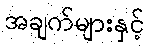
အချက်များနှင့်